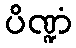
ပိဏ္ဍံ